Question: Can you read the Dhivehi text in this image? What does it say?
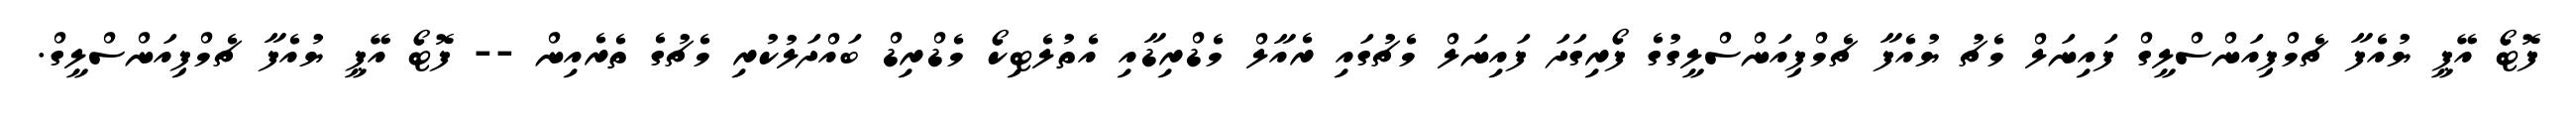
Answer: ފޮޓޯ އޭޕީ ޔުއެފާ ޗެމްޕިއަންސްލީގް ފައިނަލް މެޗު ޔުއެފާ ޗެމްޕިއަންސްލީގުގެ ފޯރިގަދަ ފައިނަލް މެޗުގައި ރެއާލް މެޑްރިޑާއި އެތުލެޓިކޯ މެޑްރިޑް ބައްދަލުކުރި މެޗުގެ ތެރެއިން -- ފޮޓޯ އޭޕީ ޔުއެފާ ޗެމްޕިއަންސްލީގް.